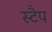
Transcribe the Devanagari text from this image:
स्टैप